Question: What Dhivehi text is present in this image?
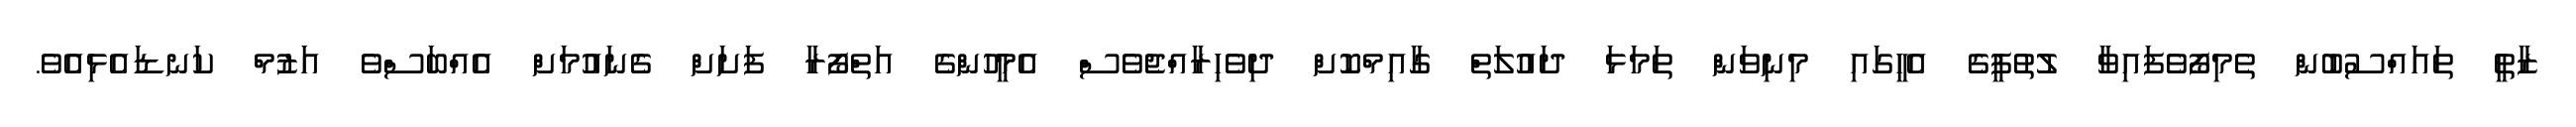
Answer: ޒާތީ ތައައްސުބުން ތެމިފޯވެފައިވާ ލުތުފީގެ އެހީގައި މިނިވަން ތަމަޅަ ދައުލަތް ގާއިމްކޮށް ދިވެހިރާއްޖެވެސް އެމީހުންގެ އަތްފޯރާ ފަށަށް ގެނައުމަށް އެއްބަސްވެ އަޒުމް ކަނޑައެޅިއެވެ.